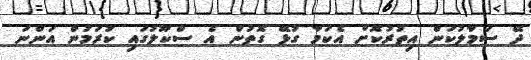
ދޭ ސަމާލުކަން އިތުރުކޮށް އެކަމާ ގުޅޭ ގޮތުން އެ ސްކޫލުގައި ކުރަމުން އަންނަ